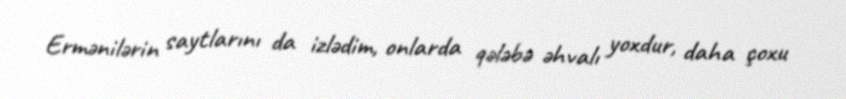
Ermənilərin saytlarını da izlədim, onlarda qələbə əhvalı yoxdur, daha çoxu